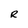
Character: R